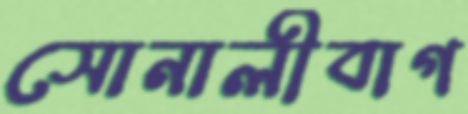
সোনালীবাগ